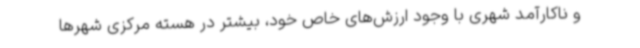
و ناکارآمد شهری با وجود ارزش‌های خاص خود، بیشتر در هسته مرکزی شهرها